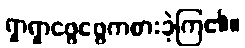
ရှာရှာဖွေဖွေကစားခဲ့ကြ၏။